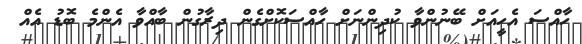
ހާއްސަ އެހީއަށް ބޭނުންވާ ކުދިންނަށް ހާއްސަކޮށްގެން ދިރާގުން ބާއްވާ އެންމެ ބޮޑު އެއް